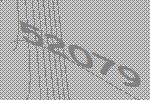
52079